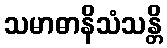
သမာဓာနိသံသန္တိ